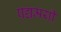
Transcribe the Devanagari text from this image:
पद्यमयी